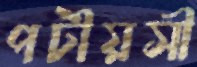
পটীয়সী